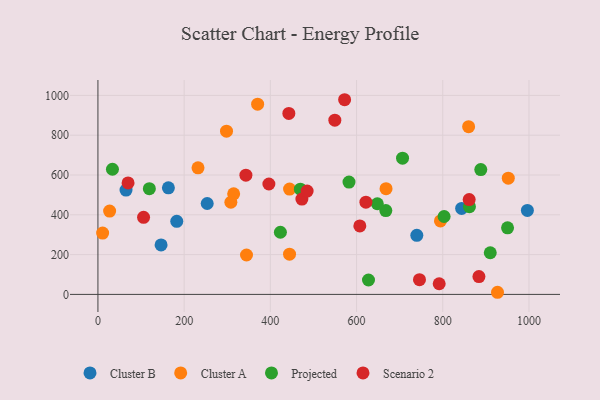
{"axis": {"x": "Investment", "y": "Profit"}, "legend": ["Cluster A", "Cluster B", "Projected", "Scenario 2"], "data": [{"x": "996.3", "y": 421.8, "type": "Cluster B"}, {"x": "253.5", "y": 456.8, "type": "Cluster B"}, {"x": "843.8", "y": 432.2, "type": "Cluster B"}, {"x": "739.8", "y": 296.8, "type": "Cluster B"}, {"x": "182.9", "y": 367.1, "type": "Cluster B"}, {"x": "163.5", "y": 535.7, "type": "Cluster B"}, {"x": "65.2", "y": 524.2, "type": "Cluster B"}, {"x": "146.5", "y": 248.6, "type": "Cluster B"}, {"x": "314.9", "y": 505.6, "type": "Cluster A"}, {"x": "444.5", "y": 202.2, "type": "Cluster A"}, {"x": "444.6", "y": 529.3, "type": "Cluster A"}, {"x": "10.9", "y": 308.2, "type": "Cluster A"}, {"x": "370.5", "y": 956.0, "type": "Cluster A"}, {"x": "927.0", "y": 10.7, "type": "Cluster A"}, {"x": "27.1", "y": 418.6, "type": "Cluster A"}, {"x": "232.2", "y": 636.1, "type": "Cluster A"}, {"x": "668.4", "y": 531.1, "type": "Cluster A"}, {"x": "952.0", "y": 584.0, "type": "Cluster A"}, {"x": "298.3", "y": 820.4, "type": "Cluster A"}, {"x": "860.0", "y": 843.0, "type": "Cluster A"}, {"x": "344.7", "y": 197.9, "type": "Cluster A"}, {"x": "308.4", "y": 463.0, "type": "Cluster A"}, {"x": "794.6", "y": 369.3, "type": "Cluster A"}, {"x": "667.9", "y": 421.3, "type": "Projected"}, {"x": "119.3", "y": 531.1, "type": "Projected"}, {"x": "803.1", "y": 391.5, "type": "Projected"}, {"x": "582.5", "y": 564.5, "type": "Projected"}, {"x": "950.3", "y": 334.4, "type": "Projected"}, {"x": "648.2", "y": 455.5, "type": "Projected"}, {"x": "910.2", "y": 209.4, "type": "Projected"}, {"x": "706.7", "y": 684.7, "type": "Projected"}, {"x": "861.9", "y": 441.1, "type": "Projected"}, {"x": "423.3", "y": 312.4, "type": "Projected"}, {"x": "469.7", "y": 528.6, "type": "Projected"}, {"x": "888.2", "y": 627.4, "type": "Projected"}, {"x": "33.7", "y": 628.9, "type": "Projected"}, {"x": "627.7", "y": 72.5, "type": "Projected"}, {"x": "473.2", "y": 479.1, "type": "Scenario 2"}, {"x": "485.3", "y": 519.0, "type": "Scenario 2"}, {"x": "396.6", "y": 554.8, "type": "Scenario 2"}, {"x": "69.9", "y": 560.1, "type": "Scenario 2"}, {"x": "572.3", "y": 978.3, "type": "Scenario 2"}, {"x": "883.9", "y": 89.7, "type": "Scenario 2"}, {"x": "105.9", "y": 387.5, "type": "Scenario 2"}, {"x": "343.3", "y": 599.0, "type": "Scenario 2"}, {"x": "791.7", "y": 53.6, "type": "Scenario 2"}, {"x": "607.6", "y": 344.3, "type": "Scenario 2"}, {"x": "442.9", "y": 909.4, "type": "Scenario 2"}, {"x": "861.3", "y": 476.4, "type": "Scenario 2"}, {"x": "621.7", "y": 463.3, "type": "Scenario 2"}, {"x": "549.6", "y": 875.4, "type": "Scenario 2"}, {"x": "746.0", "y": 73.8, "type": "Scenario 2"}]}